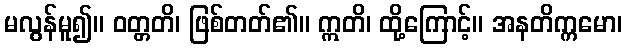
မလွန်မူ၍။ ဝတ္တတိ၊ ဖြစ်တတ်၏။ ဣတိ၊ ထို့ကြောင့်။ အနတိက္ကမော၊